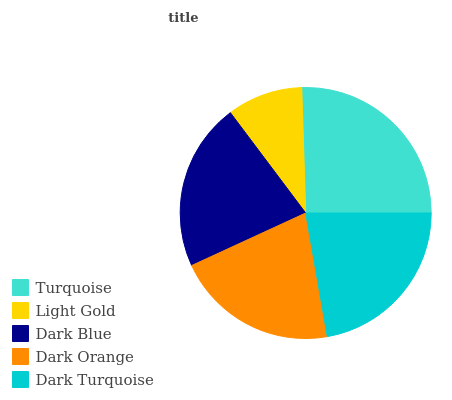
| Turquoise | Light Gold | Dark Blue | Dark Orange | Dark Turquoise |
 | --- | --- | --- | --- | --- |
 | 25.5% | 9.76% | 21.6% | 20.8% | 22.3% |